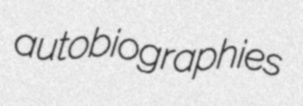
autobiographies